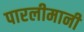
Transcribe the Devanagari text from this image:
पारलीमानी